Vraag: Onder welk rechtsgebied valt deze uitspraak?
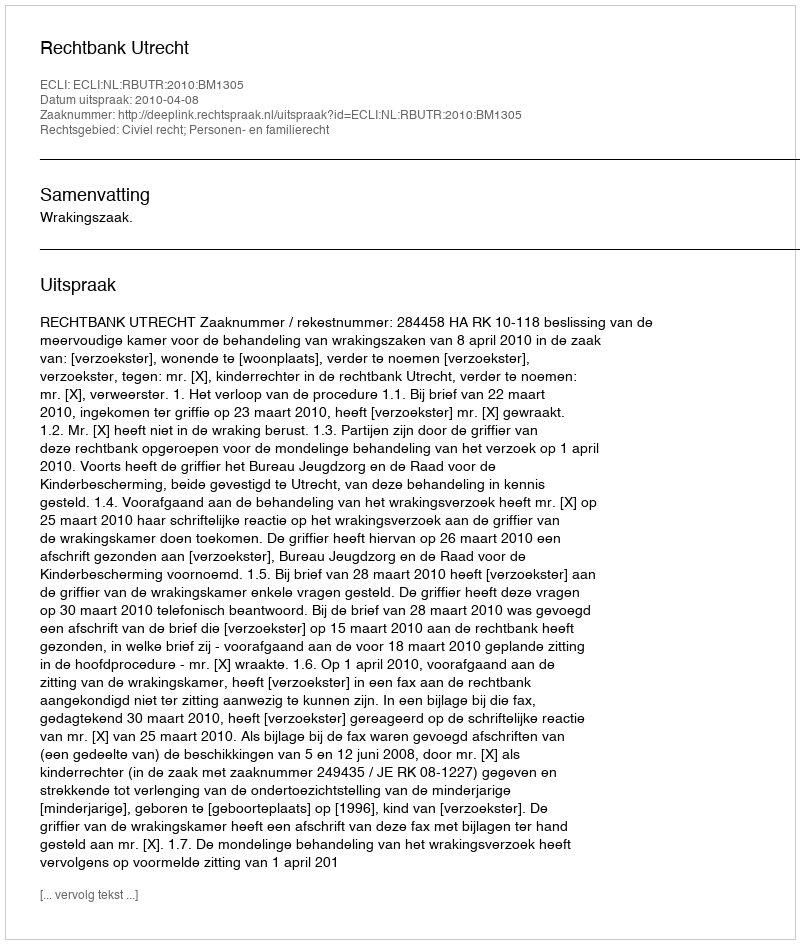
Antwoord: Civiel recht; Personen- en familierecht